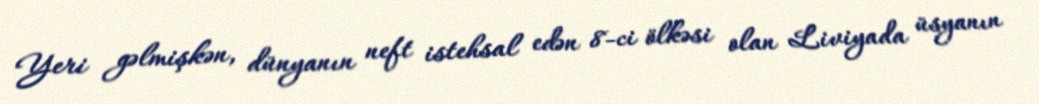
Yeri gəlmişkən, dünyanın neft istehsal edən 8-ci ölkəsi olan Liviyada üsyanın